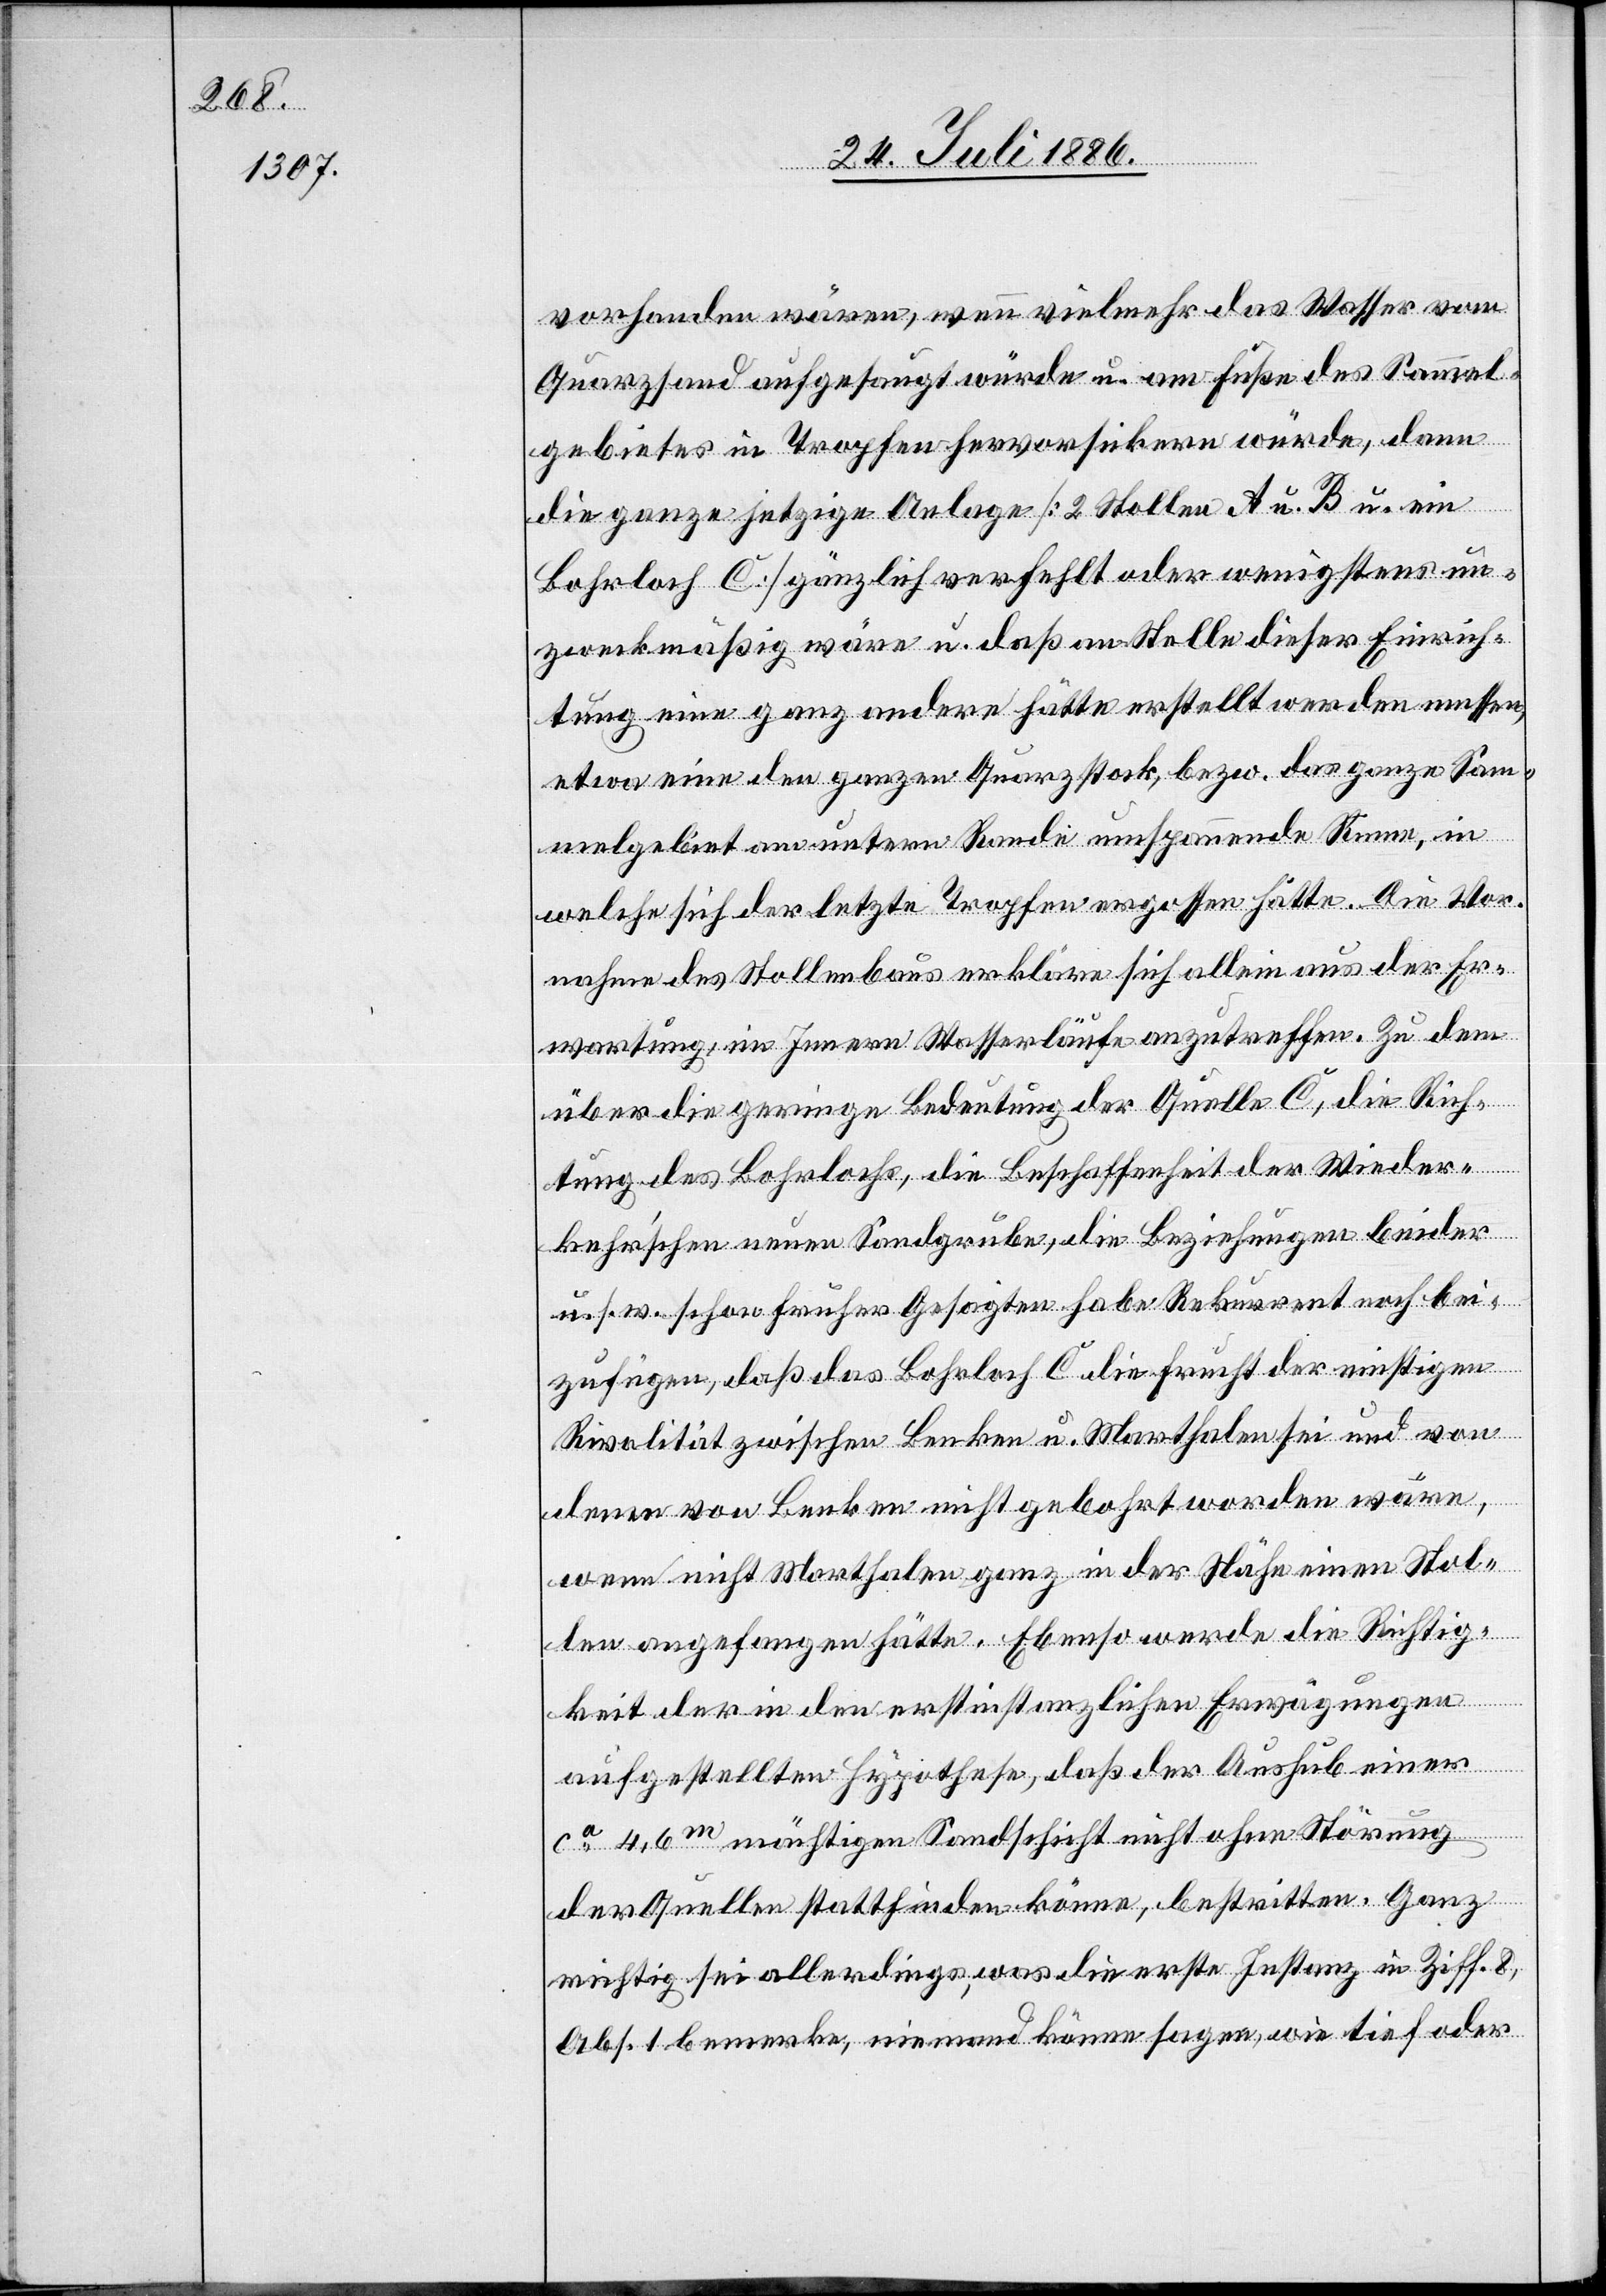
vorhanden wären, wenn vielmehr das Wasser vom
Quarzsand aufgesaugt würde u. am Fuße des Sammel¬
gebietes in Tropfen hervorsickern würde, dann
die ganze jetzige Anlage [2 Stollen A u. B. u. ein
Bohrloch C] gänzlich verfehlt oder wenigstens un¬
zweckmäßig wäre u. daß an Stelle dieser Einrich¬
tung eine ganz andere hätte erstellt werden mussen
etwa eine den ganzen Quarzstock, bezw. das ganze Sam¬
melgebiet am untern Rande umspannende Rinne, in
welche sich der letzte Tropfen ergossen hätte. Die Vor¬
nahme des Stollenbaus erkläre sich allein aus der Er¬
wartung, im Innern Wasserläufe anzutreffen. Zu dem
über die geringe Bedeutung der Quelle c, die Rich¬
tung des Bohrlochs, die Beschaffenheit der Wieder¬
kehr’schen neuen Sandgrube, die Beziehungen beider
u. s. w. schon früher Gesagten habe Rekurrent noch bei¬
zufügen, daß das Bohrloch C die Frucht der richtigen
Rivalität zwischen Benken nicht u. Marthalen und von
denen von Benken nicht gebohrt worden wäre,
wenn nicht Marthalen ganz in der Nähe einen Stol¬
len angefangen hätte. Ebenso werde dir Richtig¬
keit der in den erstinstanzlichen Erwägungen
aufgestellten Hypothese, daß der Aushub einer
ca 4,6m mächtigen Sandschicht nicht ohne Störung
der Quelle stattfinden könne, bestritten. Ganz
richtig sei allerdings, was die erste Instanz in Ziff. 8,
Abs. 1 bemerke, niemand könne sagen, wie tief oder